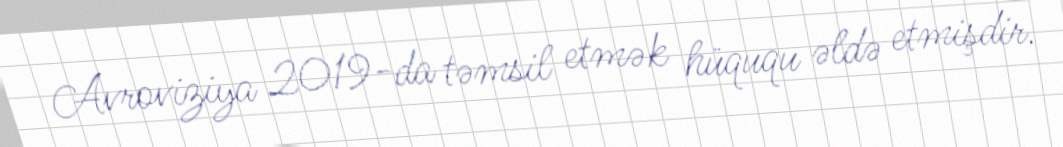
Avroviziya 2019-da təmsil etmək hüququ əldə etmişdir.